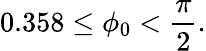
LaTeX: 0.358\leq\phi_{0}<\frac{\pi}{2}.